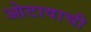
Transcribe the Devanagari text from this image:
ओटावाची